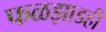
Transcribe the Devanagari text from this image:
फळझाडही